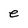
Character: e